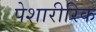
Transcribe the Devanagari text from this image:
पेशारीरिक